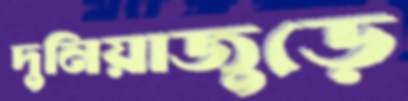
দুনিয়াজুড়ে